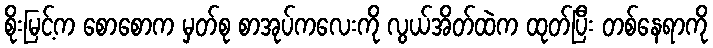
စိုးမြင့်က စောစောက မှတ်စု စာအုပ်ကလေးကို လွယ်အိတ်ထဲက ထုတ်ပြီး တစ်နေရာကို